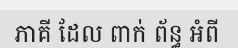
ភាគី ដែល ពាក់ ព័ន្ធ អំពី